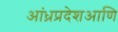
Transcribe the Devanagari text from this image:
आंध्रप्रदेशआणि